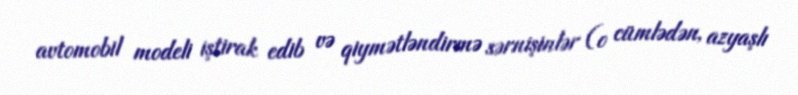
avtomobil modeli iştirak edib və qiymətləndirmə sərnişinlər (o cümlədən, azyaşlı